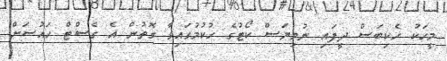
މީހަކު ހެކިބަސް ދީފައި ނުވިޔަސް ކޯޓުގެ ހުކުމުގައިވާ ގޮތުން އެ ގެސްޓް ހައުސަށް